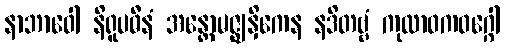
နာဘာဝေါ နိရူပဓီနံ အန္တောမဇ္ဈနှိကေန နဒိတဗ္ဗံ ကုလာဝကဝဂ္ဂေါ